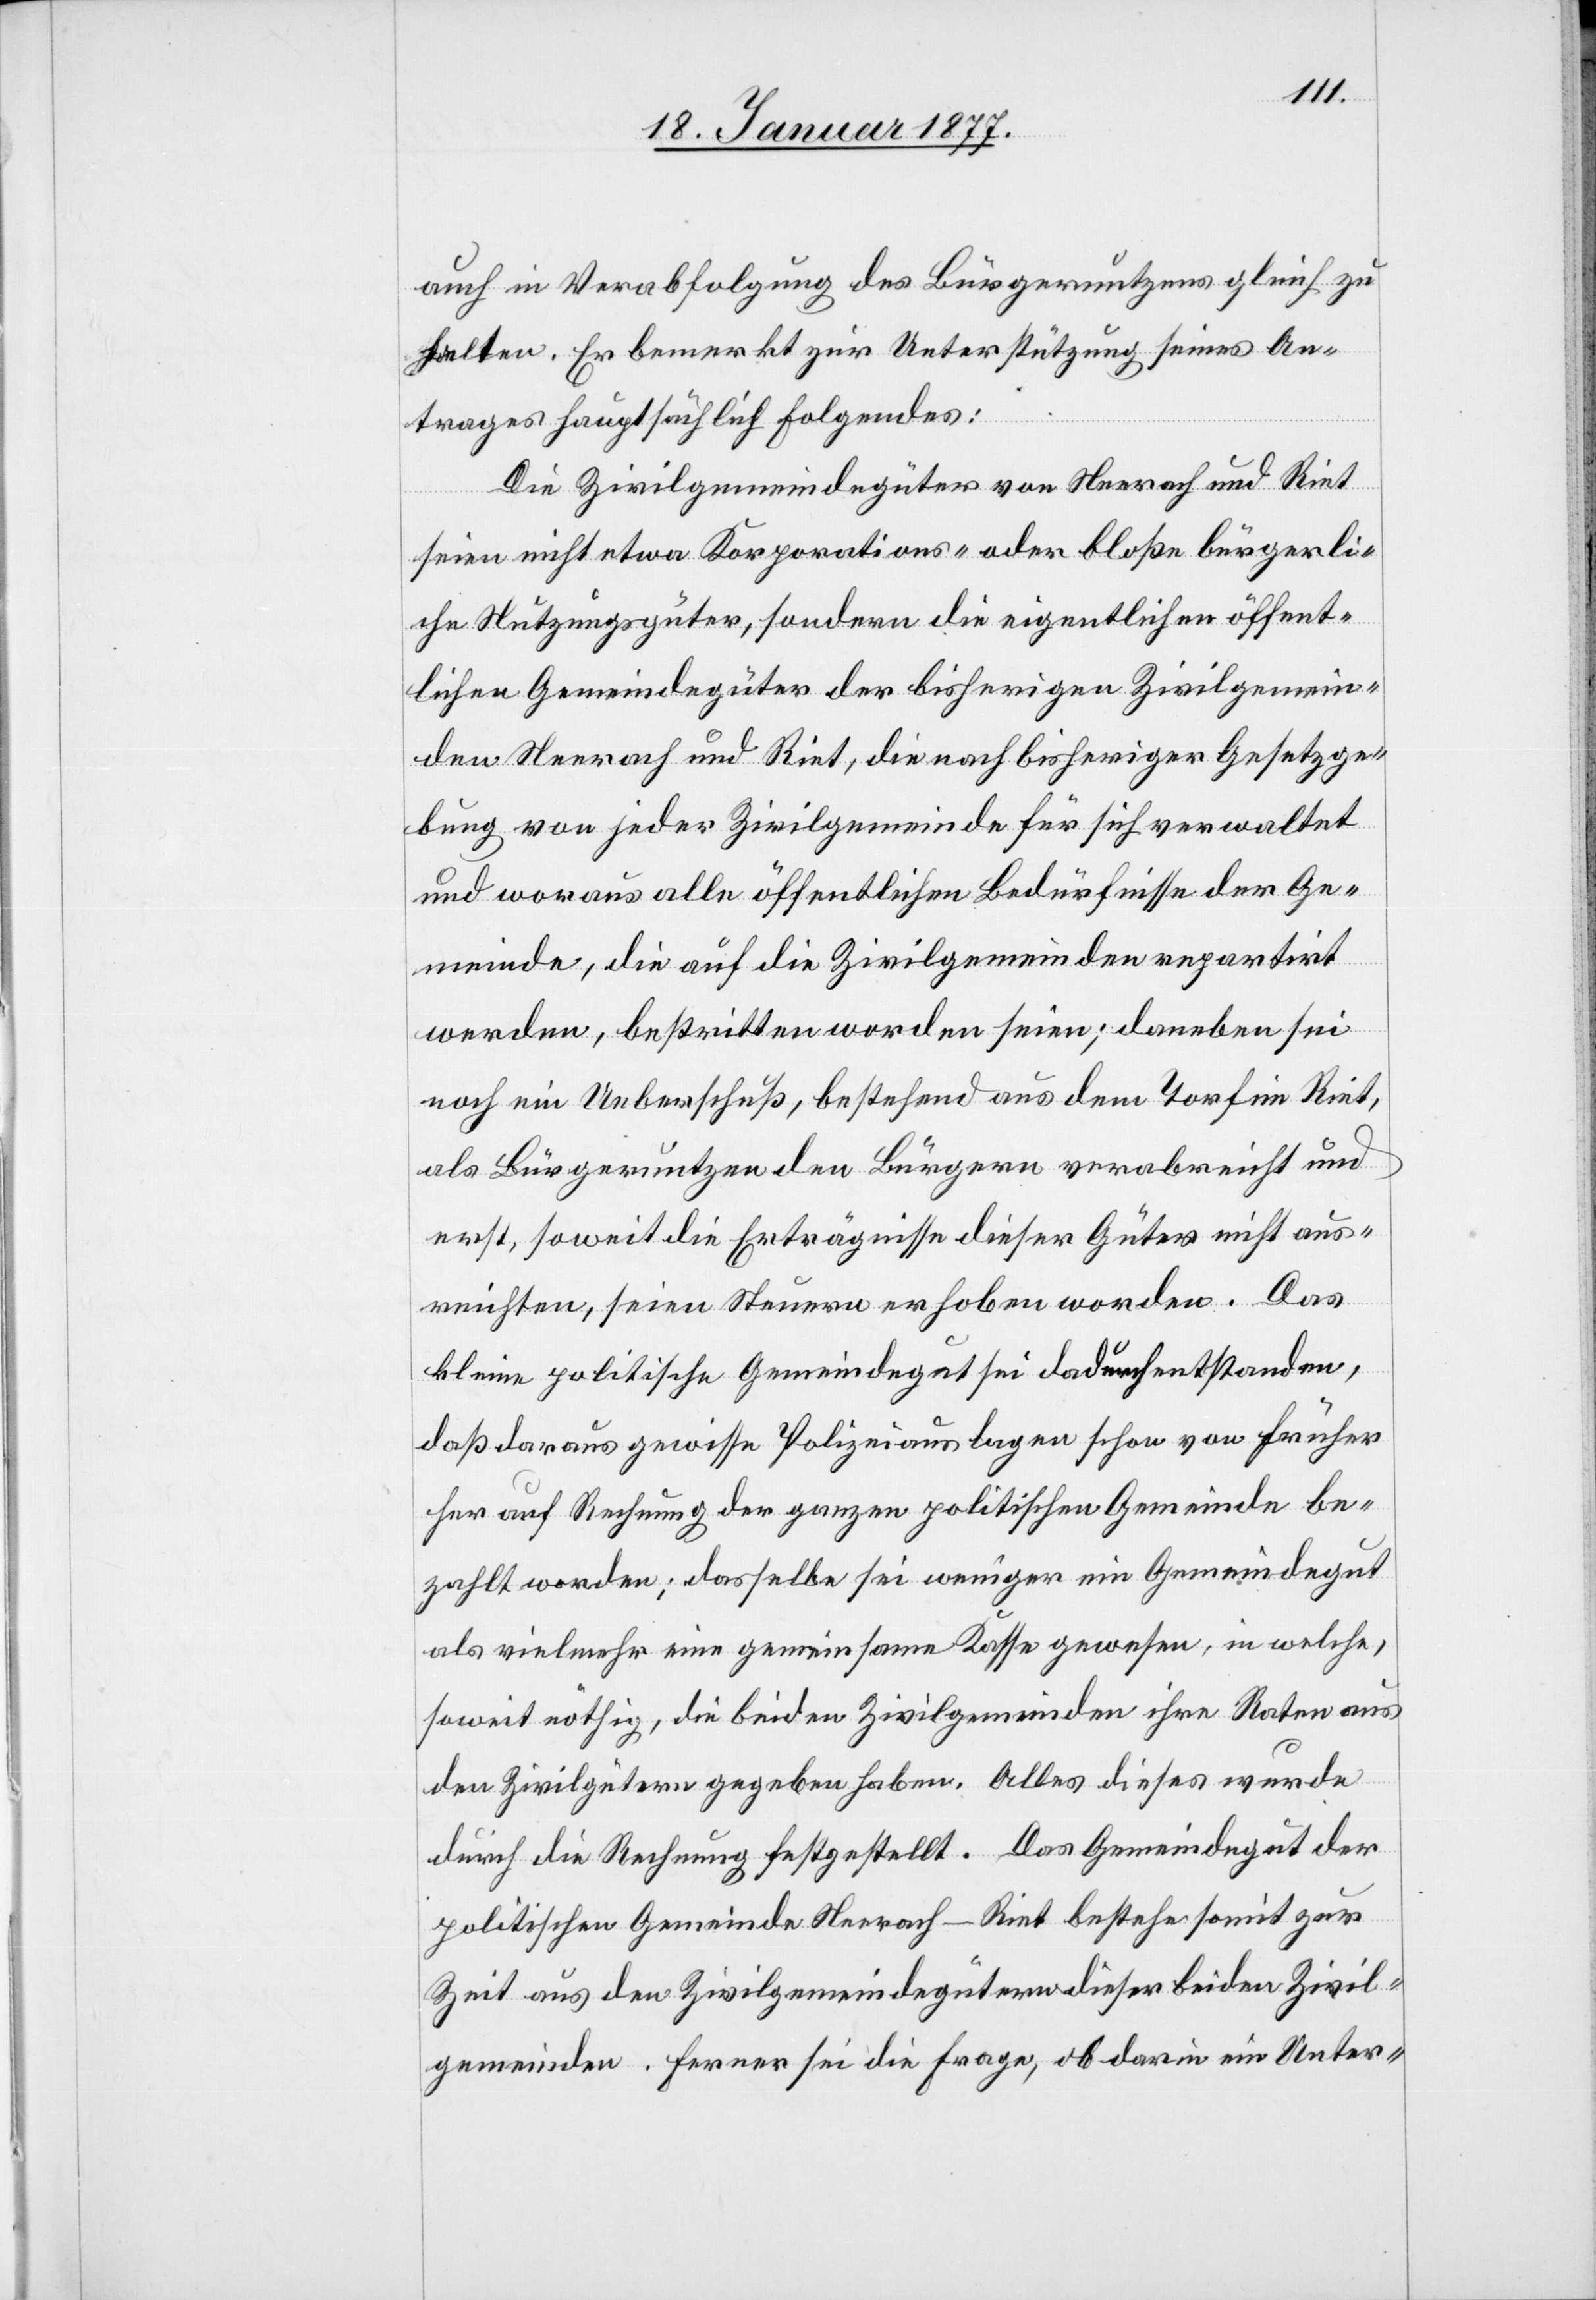
auch in Verabfolgung des Bürgernutzens gleich zu
halten. Er bemerkt zur Unterstützung seines An¬
trages hauptsächlich Folgendes:
Die Zivilgemeindegüter von Neerach und Riet
seien nicht etwa Korporations- oder bloße bürgerli¬
che Nutzungsgüter, sondern die eigentlichen öffent¬
lichen Gemeindegüter der bisherigen Zivilgemein¬
den Neerach und Riet, die nach bisheriger Gesetzge¬
bung von jeder Zivilgemeinde für sich verwaltet
und woraus alle öffentlichen Bedürfnisse der Ge¬
meinde, die auf die Zivilgemeinden repartirt
werde, bestritten worden seien; daneben sei
noch ein Ueberschuß, bestehend aus dem Torf im Riet,
als Bürgernutzen den Bürgern verabreicht und
erst, soweit die Erträgnisse dieser Güter nicht aus¬
reichten, seien Steuern erhoben worden. Das
kleine politische Gemeindegut sei dadurch entstanden,
daß daraus gewisse Polizeiauslagen schon von früher
her auf Rechnung der ganzen politischen Gemeinde be¬
zahlt worden; dasselbe sei weniger ein Gemeindegut
als vielmehr eine gemeinsame Kasse gewesen, in welche,
soweit nöthig, die beiden Zivilgemeinden ihre Raten aus
den Zivilgütern gegeben haben. Alles dieses wurde
durch die Rechnung festgestellt. Das Gemeindegut der
politischen Gemeinde Neerach-Riet bestehe somit zur
Zeit aus den Zivilgemeindegütern dieser Zivil¬
gemeinden. Ferner sei die Frage, ob darin ein Unter-